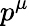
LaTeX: p^{\mu}